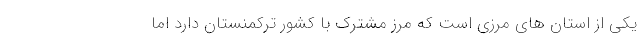
یکی از استان های مرزی است که مرز مشترک با کشور ترکمنستان دارد اما